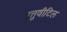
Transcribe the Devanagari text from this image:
एत्तुवीटिल